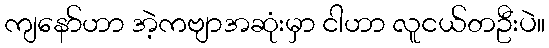
ကျနော်ဟာ အဲ့ကဗျာအဆုံးမှာ ငါဟာ လူငယ်တဦးပဲ။